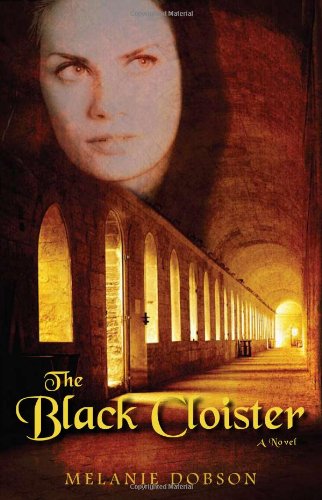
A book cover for The Black Cloister: A Novel; Melanie Dobson; Literature & Fiction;